King Institute of Preventive Medicine Bacteriolog. Section reports 1907-08
Year: 1907
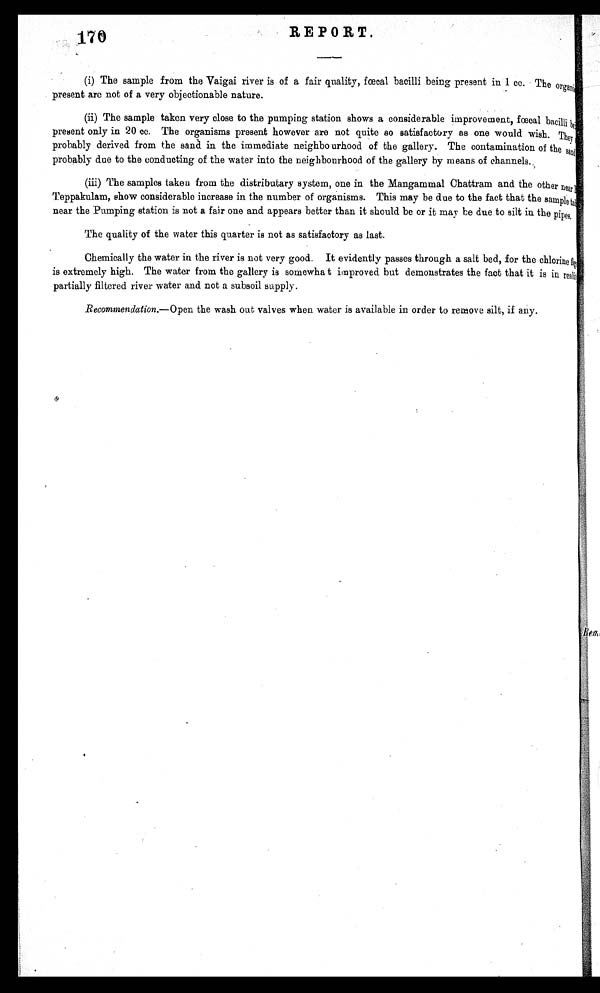
170
REPORT.
(i) The sample from the Vaigai river is of a fair quality, fœcal bacilli being present in 1 cc. The o rgan,
present are not of a very objectionable nature.
(ii) The sample taken very close to the pumping station shows a considerable improvement, fœc al bacilli
b e
p r e s e n t o n l y i n 2 0 c c . T h e o r g a n i s m s p r e s e n t h o w e v e r a r e n o t q u i t e s o s a t i s f a c t o r y a s o n e w o u l d w i s h . T h e y
probably derived from the sand in the immediate neighbourhood of the gallery. The contamination of the sand
probably due to the conducting of the water into the neighbourhood of the gallery by means of channels.
(iii) The samples taken from the distributary system, one in the Mangammal Chattram and the other near
Teppakulam, show considerable increase in the number of organisms. This may be due to the fact that the sample tat
near the Pumping station is not a fair one and appears better than it should be or it may he due to silt in the pipes.
The quality of the water this quarter is not as satisfactory as last.
Chemically the water in the river is not very good. It evidently passes through a salt bed, for the chlorine fig
is extremely high. The water from the gallery is somewha t improved but demonstrates the fact that it is in r eal i f
partially filtered river water and not a subsoil supply.
Recommendation .—Open the wash out valves when water is available in order to remove silt, if any.